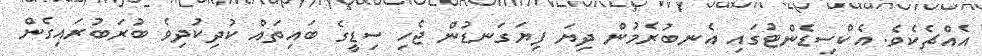
އެއްޗެކެވެ. އެކްސިޑެންޓުގައި އެނބުރެމުން ދިޔަ ފިޔަގަނޑުން ޖެހި ސިޑީގެ ބައިތައް ކުދިކުދިވެ ބުރަބުރައިގެން